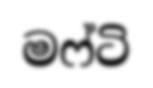
මෆ්ටි